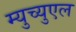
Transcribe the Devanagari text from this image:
म्युच्युएल